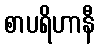
စာပရိဟာနီ